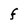
Character: f